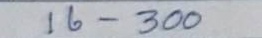
16 - 300